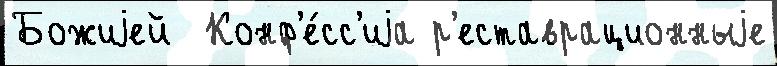
Божиjей  Конф'е́сс'иjа р'еставрационныjе